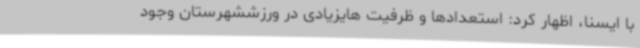
با ایسنا، اظهار کرد: استعدادها و ظرفیت هایزیادی در ورزششهرستان وجود